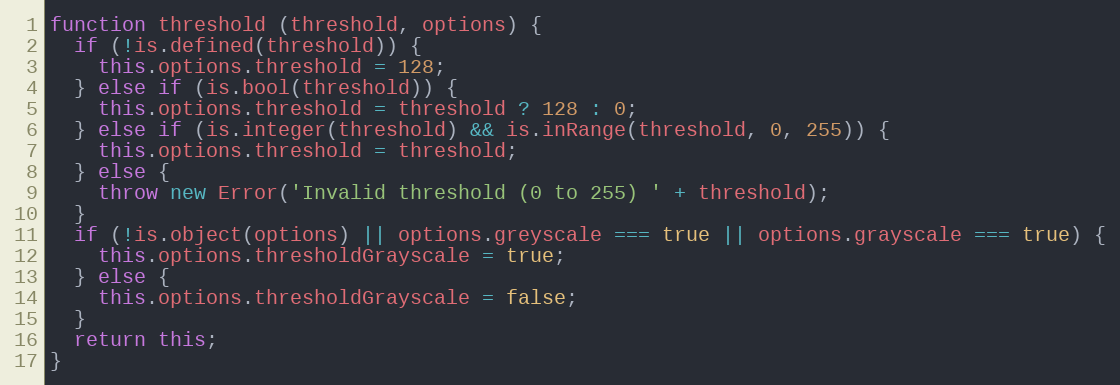
Language: JavaScript
function threshold (threshold, options) {
  if (!is.defined(threshold)) {
    this.options.threshold = 128;
  } else if (is.bool(threshold)) {
    this.options.threshold = threshold ? 128 : 0;
  } else if (is.integer(threshold) && is.inRange(threshold, 0, 255)) {
    this.options.threshold = threshold;
  } else {
    throw new Error('Invalid threshold (0 to 255) ' + threshold);
  }
  if (!is.object(options) || options.greyscale === true || options.grayscale === true) {
    this.options.thresholdGrayscale = true;
  } else {
    this.options.thresholdGrayscale = false;
  }
  return this;
}